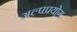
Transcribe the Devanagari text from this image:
अल्पप्रयोग